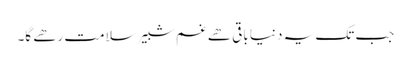
جب تک یہ دنیا باقی ھے غم شبیر سلامت رھے گا۔